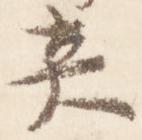
炎